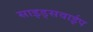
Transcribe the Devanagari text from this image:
साइड्सवाईप